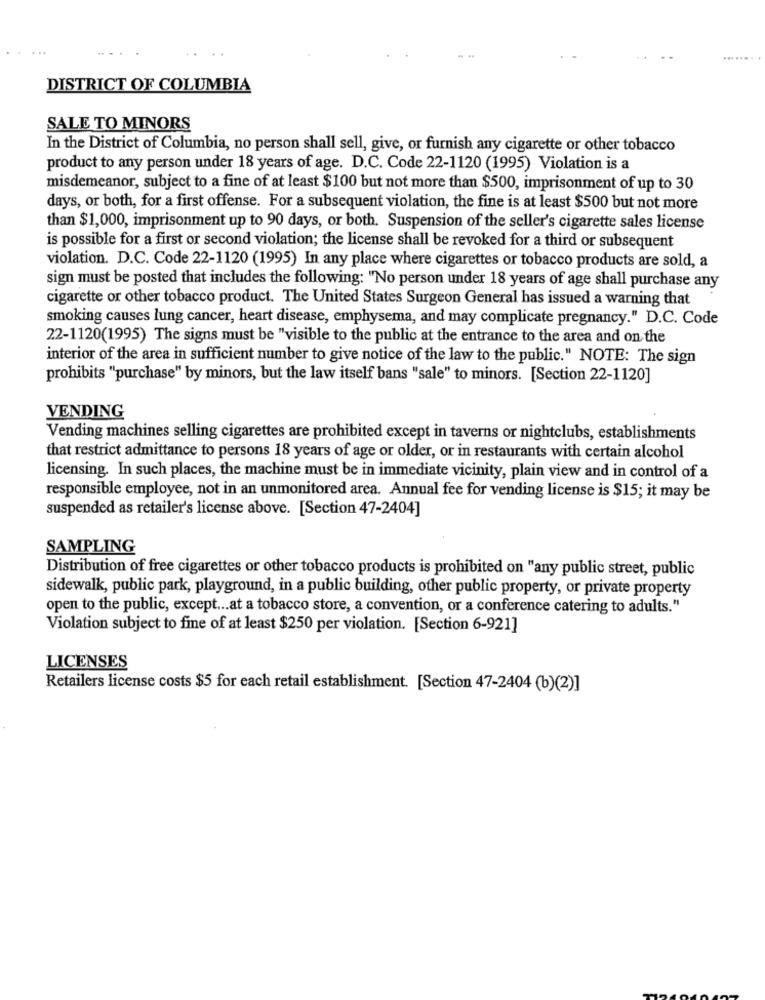
... .
DISTRICT OF COLUMBIA
SALE TO MINORS
In the District of Columbia, no person shall sell, give, or furnish any cigarette or other tobacco
product to any person under 18 years of age. D.C. Code 22-1120 (1995) Violation is a
misdemeanor, subject to a fine of at least $100 but not more than $500, imprisonment of up to 30
days, or both, for a first offense. For a subsequent violation, the fine is at least $500 but not more
than $1,000, imprisonment up to 90 days, or both. Suspension of the seller's cigarette sales license
is possible for a first or second violation; the license shall be revoked for a third or subsequent
violation. D.C. Code 22-1120 (1995) In any place where cigarettes or tobacco products are sold, a
sign must be posted that includes the following: "No person under 18 years of age shall purchase any
cigarette or other tobacco product. The United States Surgeon General has issued a warning that
smoking causes lung cancer, heart disease, emphysema, and may complicate pregnancy." D.C. Code
22-1120(1995) The signs must be "visible to the public at the entrance to the area and on the
interior of the area in sufficient number to give notice of the law to the public." NOTE: The sign
prohibits "purchase" by minors, but the law itself bans "sale" to minors. [Section 22-1120]
VENDING
Vending machines selling cigarettes are prohibited except in taverns or nightclubs, establishments
that restrict admittance to persons 18 years of age or older, or in restaurants with certain alcohol
licensing. In such places, the machine must be in immediate vicinity, plain view and in control of a
responsible employee, not in an unmonitored area. Annual fee for vending license is $15; it may be
suspended as retailer's license above. [Section 47-2404]
SAMPLING
Distribution of free cigarettes or other tobacco products is prohibited on "any public street, public
sidewalk, public park, playground, in a public building, other public property, or private property
open to the public, except ... at a tobacco store, a convention, or a conference catering to adults."
Violation subject to fine of at least $250 per violation. [Section 6-921]
LICENSES
Retailers license costs $5 for each retail establishment. [Section 47-2404 (b)(2)]